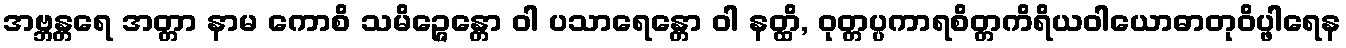
အဗ္ဘန္တရေ အတ္တာ နာမ ကောစိ သမိဉ္ဇေန္တော ဝါ ပသာရေန္တော ဝါ နတ္ထိ, ဝုတ္တပ္ပကာရစိတ္တကိရိယဝါယောဓာတုဝိပ္ဖါရေန